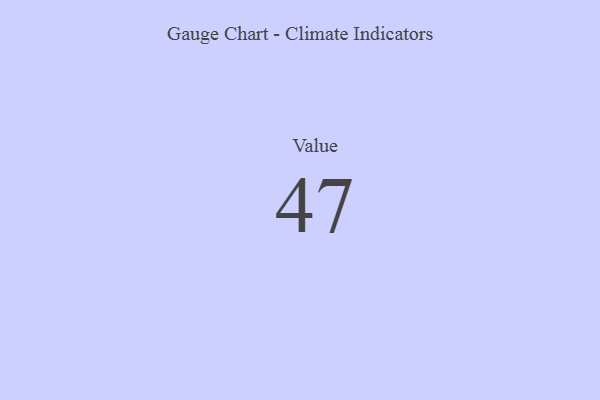
{"axis": {"x": "Metric", "y": "Value"}, "legend": [""], "data": [{"x": "Value", "y": 47, "type": ""}]}